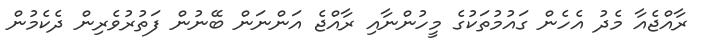
ރާއްޖެއާ މެދު އެހެން ގައުމުތަކުގެ މީހުންނާއި ރާއްޖެ އަންނަން ބޭނުން ފަތުރުވެރިން ދެކެމުން